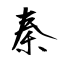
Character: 秦